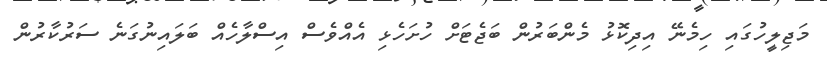
މަޖިލީހުގައި ހިމެނޭ އިދިކޮޅު މެންބަރުން ބަޖެޓަށް ހުށަހެޅި އެއްވެސް އިސްލާހެއް ބަލައިނުގަނެ ސަރުކާރުން